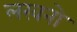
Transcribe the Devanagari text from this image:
लखनो